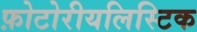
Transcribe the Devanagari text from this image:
फ़ोटोरीयलिस्टिक